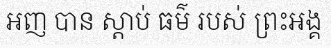
អញ បាន ស្តាប់ ធម៌ របស់ ព្រះអង្គ